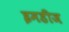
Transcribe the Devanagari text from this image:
इमडीज